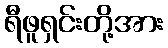
ရီဖူရှင်းတို့အား